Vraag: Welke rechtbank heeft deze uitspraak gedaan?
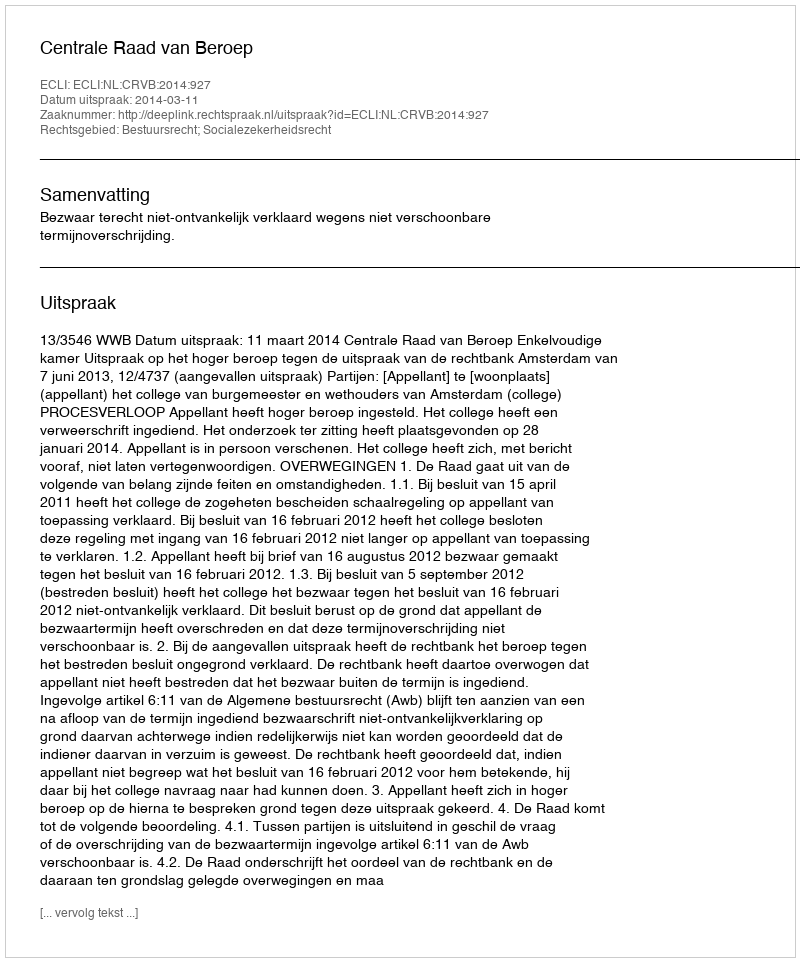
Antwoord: Centrale Raad van Beroep